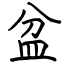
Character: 盆